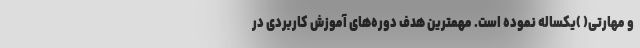
و مهارتی( )یکساله نموده است. مهمترین هدف دوره‌های آموزش کاربردی در